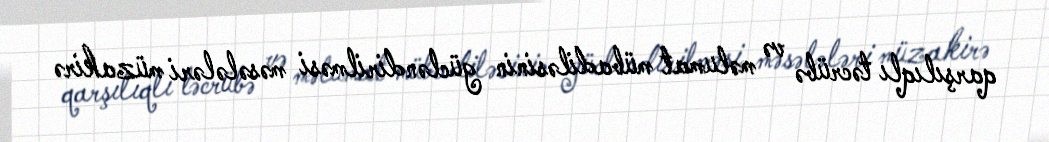
qarşılıqlı təcrübə və məlumat mübadiləsinin gücləndirilməsi məsələləri müzakirə